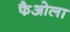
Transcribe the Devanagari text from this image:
फैओला